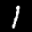
Label: 1